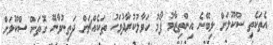
އެތަކެތި ސްކޫލަށް ލިބޭނެ އިންތިޒާމު ފޯމު ހަވާލުކުރާދުވަހު ތަކެއްޗަށް ދަތިނުވާނޭ ގޮތަށް ސްކޫލަށް